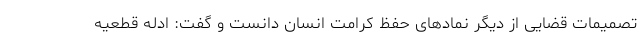
تصمیمات قضایی از دیگر نمادهای حفظ کرامت انسان دانست و گفت: ادله قطعیه